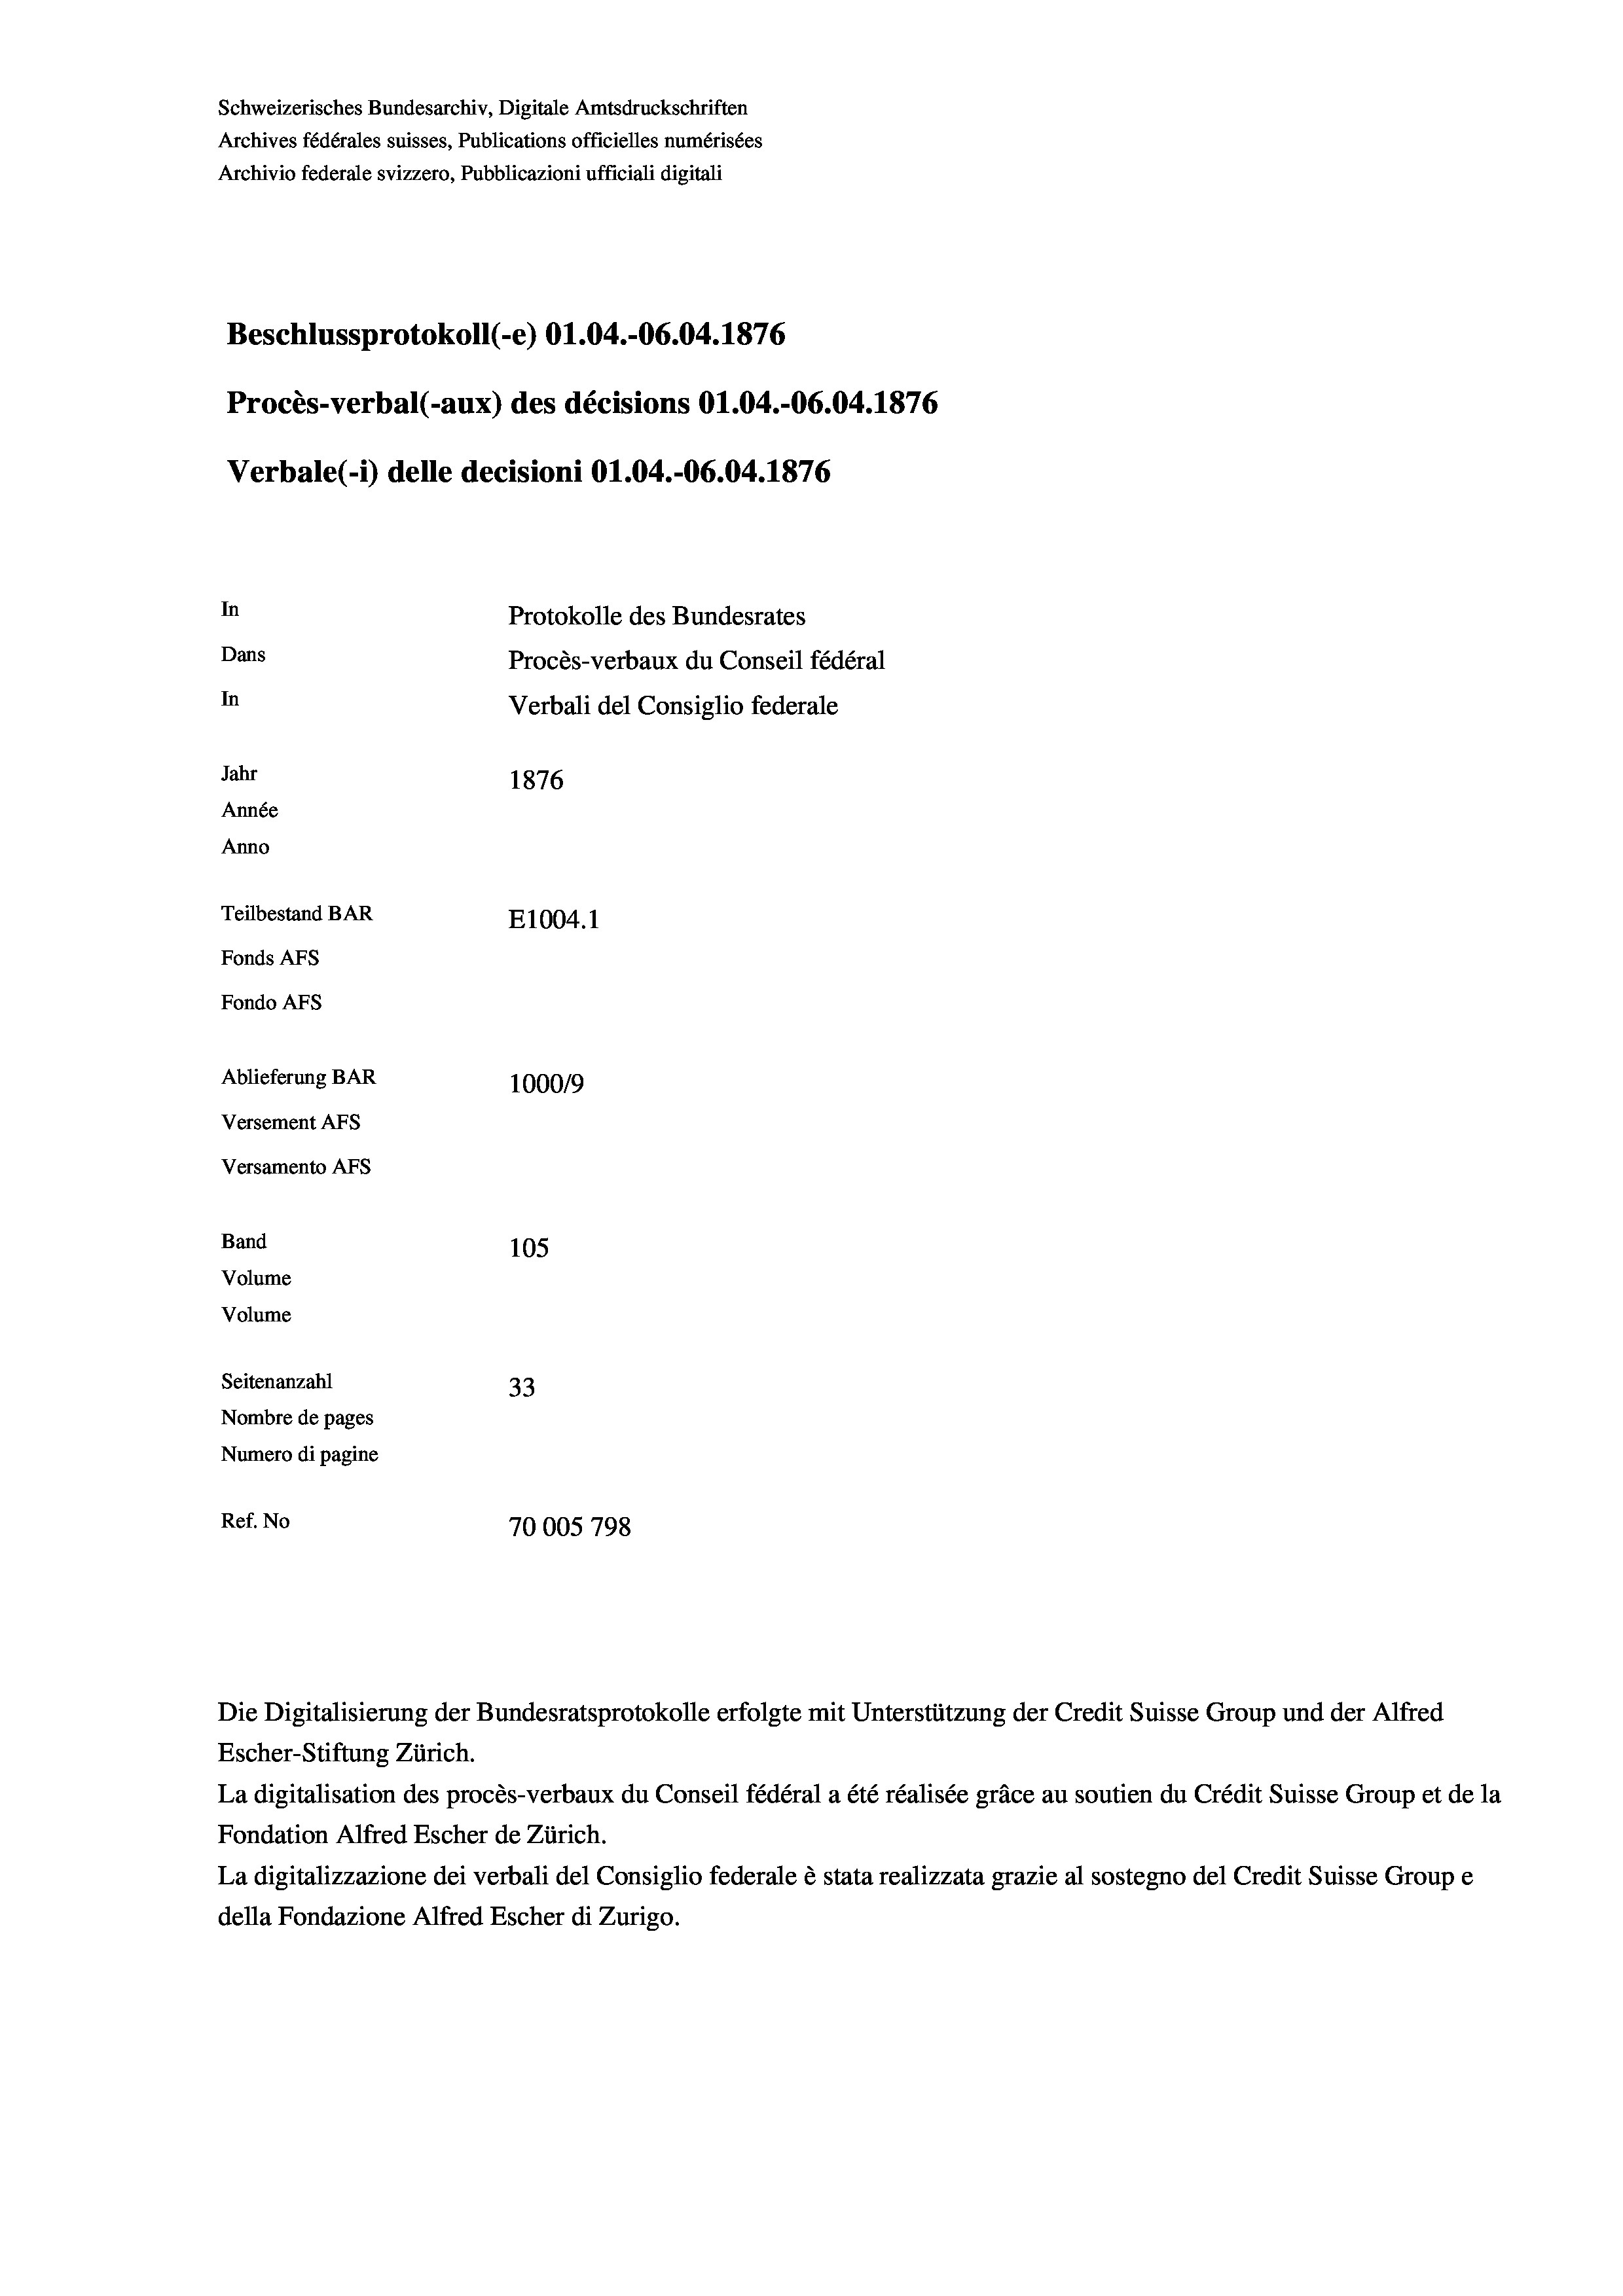
Schweizerisches Bundesarchiv, Digitale Amtsdruckschriften
Archives fédérales suisses, Publications officielles numérisées
Archivio federale svizzero, Pubblicazioni ufficiali digitali
Beschlussprotokoll (-e) O1.04.-06.04. 1876
Procès-verbal (-aux) des décisions O1.04.-06.04. 1876
Verbale (- 1) delle decisioni O1.04.-06.04. 1876
In
Protokolle des Bundesrates
Dans
Procès-verbaux du Conseil fédéral
In
Verbali del Consiglio federale
Jahr
1876
Année
Anno
Teilbestand BAR
E1004.1
Fonds AFs
Fondo Afs
Ablieferung BAR
100019
Versement AFs
Versamento Afs
Band
105
Volume
Volume
Seitenanzahl
33
Nombre de pages
Numero di pagine
Ref. No
70005798

Escher-Stiftung Zürich.
La digitalisation des procès-verbaux du Conseil fédéral a été réalisée gräce au soutien du Crédit Suisse Group et de la
Fondation Alfred Escher de Zürich.
La digitalizzazione dei verbali del Consiglio federale è stata realizzata grazie al sostegno del Credit Suisse Groupe
della Fondazione Alfred Escher di Zurigo.

Die Digitalisierung der Bundesratsprotokolle erfolgte mit Unterstützung der Credit Suisse Group und der Alfred